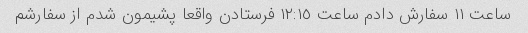
ساعت ١١ سفارش دادم ساعت ١٢:١٥ فرستادن واقعا پشیمون شدم از سفارشم